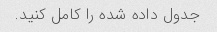
جدول داده شده را کامل کنید.